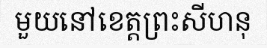
មួយនៅខេត្តព្រះសីហនុ